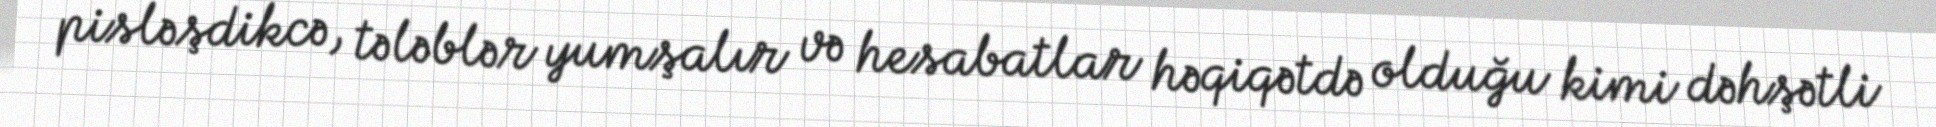
pisləşdikcə, tələblər yumşalır və hesabatlar həqiqətdə olduğu kimi dəhşətli